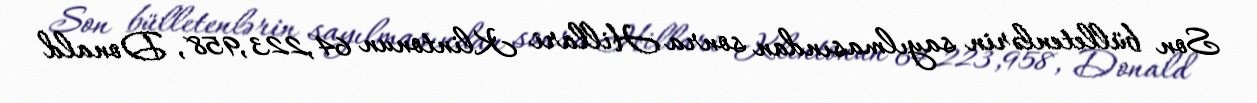
Son bülletenlərin sayılmasından sonra Hillari Klintonun 64,223,958, Donald